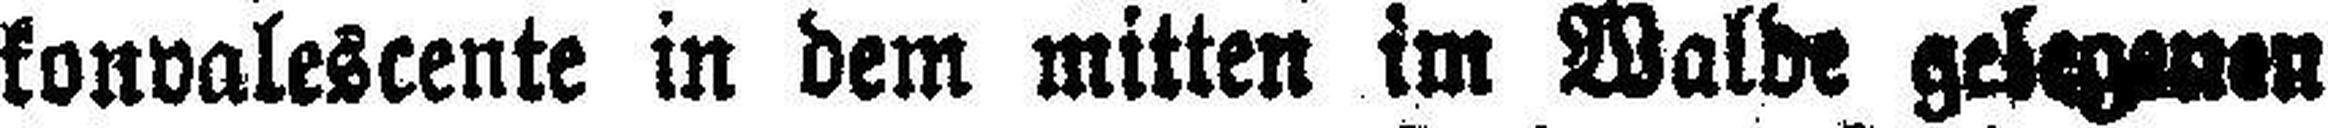
konvalescente in dem mitten im Walde gelegenen